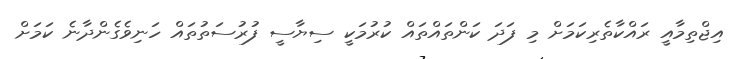
އިޖްތިމާއީ ރައްކާތެރިކަމަށް މި ފަދަ ކަންތައްތައް ކުރުމަކީ ސިޔާސީ ފުރުސަތުތައް ހަނިވެގެންދާނެ ކަމަށް